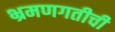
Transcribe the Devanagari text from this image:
भ्रमणगतीची